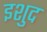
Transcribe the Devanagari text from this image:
इशुद